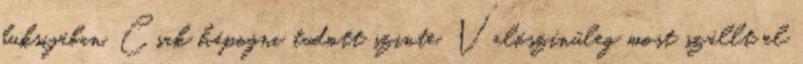
buksijában. Csak hápogni tudott szinte. Valószínűleg most szállt el